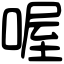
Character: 喔